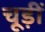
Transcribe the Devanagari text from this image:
चूड़ीं